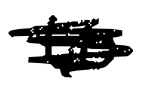
Text: to
Cross-out: scratch
Writing tool: digital_black